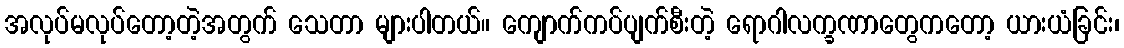
အလုပ်မလုပ်တော့တဲ့အတွက် သေတာ များပါတယ်။ ကျောက်ကပ်ပျက်စီးတဲ့ ရောဂါလက္ခဏာတွေကတော့ ယားယံခြင်း၊